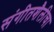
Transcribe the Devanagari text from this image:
संगीतशैलीचा